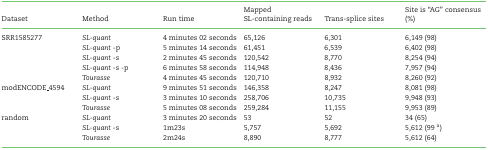
<table><thead><tr><td><b>Dataset</b></td><td><b>Method</b></td><td><b>Run time</b></td><td><b>Mapped SL-containing reads</b></td><td><b>Trans-splice sites</b></td><td><b>Site is “AG” consensus (%)</b></td></tr></thead><tbody><tr><td>SRR1585277</td><td><i>SL-quant</i></td><td>4 minutes 02 seconds</td><td>65,126</td><td>6,301</td><td>6,149 (98)</td></tr><tr><td> </td><td><i>SL-quant</i> -p</td><td>5 minutes 14 seconds</td><td>61,451</td><td>6,539</td><td>6,402 (98)</td></tr><tr><td> </td><td><i>SL-quant</i> -s</td><td>2 minutes 45 seconds</td><td>120,542</td><td>8,770</td><td>8,254 (94)</td></tr><tr><td> </td><td><i>SL-quant</i> -s -p</td><td>6 minutes 58 seconds</td><td>114,948</td><td>8,436</td><td>7,957 (94)</td></tr><tr><td> </td><td><i>Tourasse</i></td><td>4 minutes 45 seconds</td><td>120,710</td><td>8,932</td><td>8,260 (92)</td></tr><tr><td>modENCODE_4594</td><td><i>SL-quant</i></td><td>9 minutes 51 seconds</td><td>146,358</td><td>8,247</td><td>8,081 (98)</td></tr><tr><td> </td><td><i>SL-quant</i> -s</td><td>3 minutes 10 seconds</td><td>258,706</td><td>10,735</td><td>9,948 (93)</td></tr><tr><td> </td><td><i>Tourasse</i></td><td>5 minutes 08 seconds</td><td>259,284</td><td>11,155</td><td>9,953 (89)</td></tr><tr><td>random</td><td><i>SL-quant</i></td><td>3 minutes 20 seconds</td><td>53</td><td>52</td><td>34 (65)</td></tr><tr><td> </td><td><i>SL-quant</i> -s</td><td>1m23s</td><td>5,757</td><td>5,692</td><td>5,612 (99 <sup>a</sup>)</td></tr><tr><td> </td><td><i>Tourasse</i></td><td>2m24s</td><td>8,890</td><td>8,777</td><td>5,612 (64)</td></tr></tbody></table>